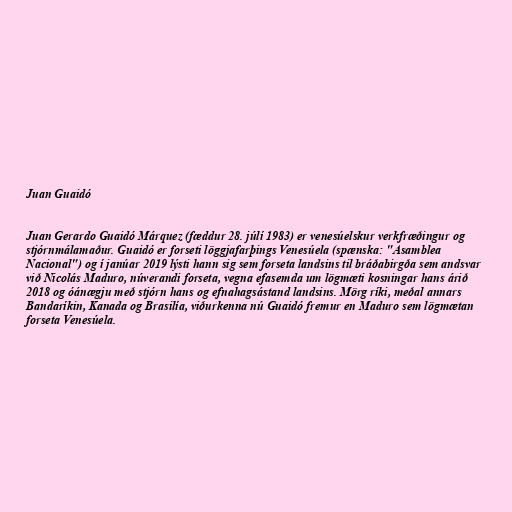
Juan Guaidó

Juan Gerardo Guaidó Márquez (fæddur 28. júlí 1983) er venesúelskur verkfræðingur og
stjórnmálamaður. Guaidó er forseti löggjafarþings Venesúela (spænska: "Asamblea
Nacional") og í janúar 2019 lýsti hann sig sem forseta landsins til bráðabirgða sem andsvar
við Nicolás Maduro, núverandi forseta, vegna efasemda um lögmæti kosningar hans árið
2018 og óánægju með stjórn hans og efnahagsástand landsins. Mörg ríki, meðal annars
Bandaríkin, Kanada og Brasilía, viðurkenna nú Guaidó fremur en Maduro sem lögmætan
forseta Venesúela.